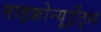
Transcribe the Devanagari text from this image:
माइक्रोन्यूट्रेंट्स